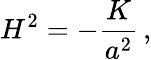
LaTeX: H^{2}=-\frac{K}{a^{2}}\, ,